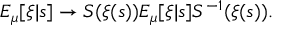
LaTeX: E _ { \mu } [ \xi | s ] \to S ( \xi ( s ) ) E _ { \mu } [ \xi | s ] S ^ { - 1 } ( \xi ( s ) ) .